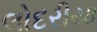
લોદરીયા